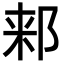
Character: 𬩾